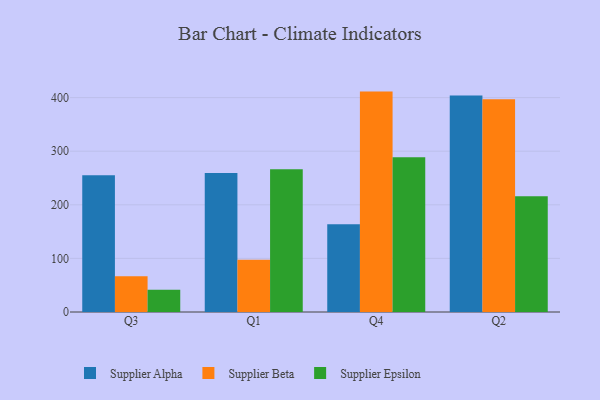
{"axis": {"x": "Quarter", "y": "Backlog"}, "legend": ["Supplier Alpha", "Supplier Beta", "Supplier Epsilon"], "data": [{"x": "Q3", "y": 255.0, "type": "Supplier Alpha"}, {"x": "Q3", "y": 66.9, "type": "Supplier Beta"}, {"x": "Q3", "y": 41.3, "type": "Supplier Epsilon"}, {"x": "Q1", "y": 259.1, "type": "Supplier Alpha"}, {"x": "Q1", "y": 97.5, "type": "Supplier Beta"}, {"x": "Q1", "y": 266.5, "type": "Supplier Epsilon"}, {"x": "Q4", "y": 163.9, "type": "Supplier Alpha"}, {"x": "Q4", "y": 411.2, "type": "Supplier Beta"}, {"x": "Q4", "y": 288.8, "type": "Supplier Epsilon"}, {"x": "Q2", "y": 403.7, "type": "Supplier Alpha"}, {"x": "Q2", "y": 396.9, "type": "Supplier Beta"}, {"x": "Q2", "y": 216.1, "type": "Supplier Epsilon"}]}